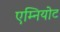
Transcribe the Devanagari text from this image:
एम्नियोट